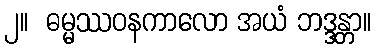
၂။  ဓမ္မဿဝနကာလော အယံ ဘဒ္ဒန္တာ။